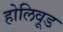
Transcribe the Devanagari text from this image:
होलिवूड